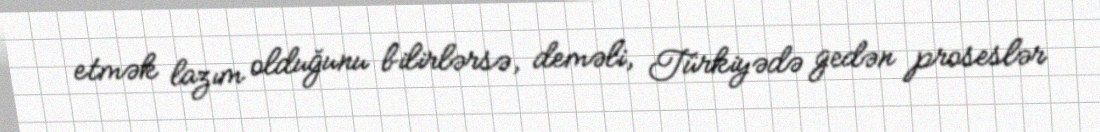
etmək lazım olduğunu bilirlərsə, deməli, Türkiyədə gedən proseslər